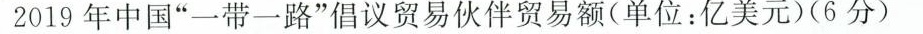
2019年中国”一带一路”倡议贸易伙伴贸易额(单位：亿美元)(6分)